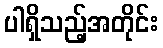
ပါရှိသည့်အတိုင်း